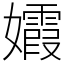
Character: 𡤕